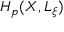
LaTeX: H _ { p } ( X , L _ { \xi } )